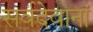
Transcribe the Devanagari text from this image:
सर्वदेवानां